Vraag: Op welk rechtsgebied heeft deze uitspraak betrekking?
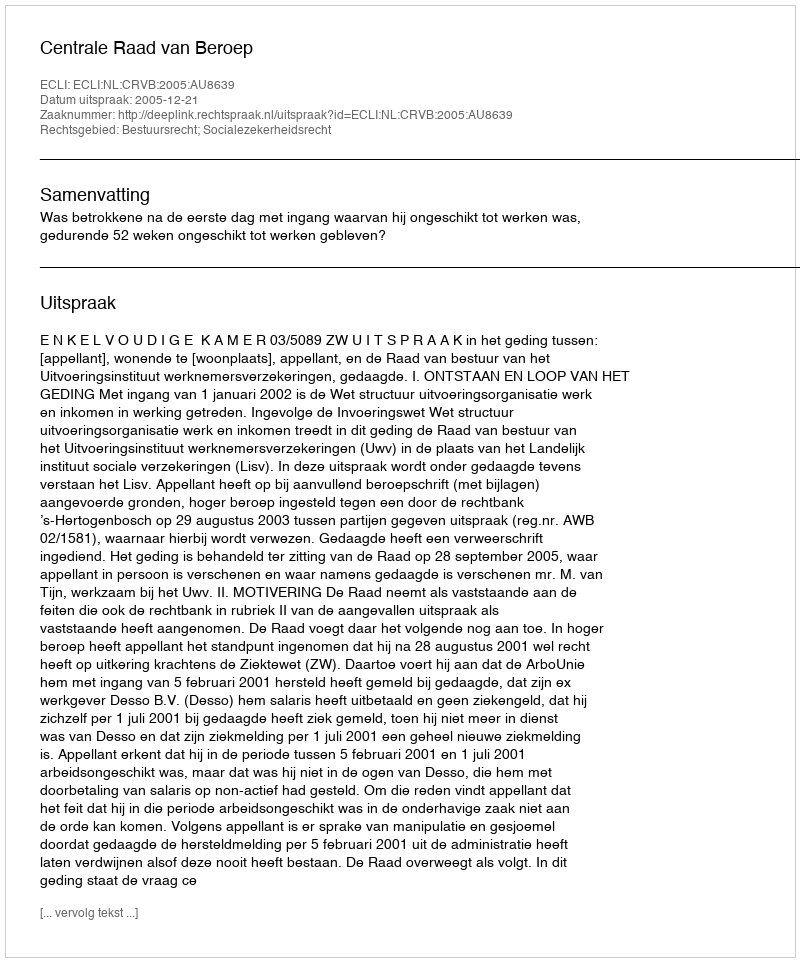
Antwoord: Bestuursrecht; Socialezekerheidsrecht